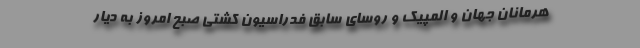
هرمانان جهان و المپیک و روسای سابق فدراسیون کشتی صبح امروز به دیار